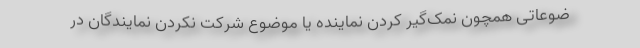
ضوعاتی همچون نمک‌گیر کردن نماینده یا موضوع شرکت نکردن نمایندگان در